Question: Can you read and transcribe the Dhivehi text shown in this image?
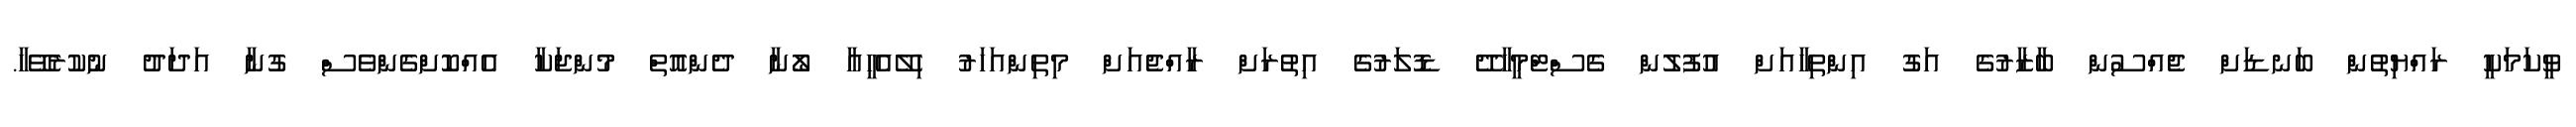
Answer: ވީކަމަކީ ރައްޔިތުން ބަނޑަށް ޖެއްސުން ބާޒާރުގެ އަގު އިންތިހާއަށް އުފުލުން ގެސްޓްމީހާދޭ ޑޮލަރުގެ އިތުރަށް ރާއްޖެއަށް މިތިންއަހަރު ހިލޭއެހީއާ ލޯނާ ދެންއޮތް މުންޖަކާ އެއްކޮށްގެންވެސް ގުނާ އަދަދު ނުކުރެވޭހާ.